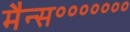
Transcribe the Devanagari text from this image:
मैन्स॰॰॰॰॰॰॰